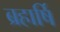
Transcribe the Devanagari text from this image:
ब्रहार्षि